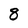
Character: 8